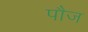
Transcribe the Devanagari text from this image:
पौज